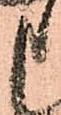
申